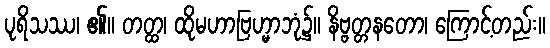
ပုရိသဿ၊ ၏။ တတ္ထ၊ ထိုမဟာဗြဟ္မာဘုံ၌။ နိဗ္ဗတ္တနတော၊ ကြောင့်တည်း။